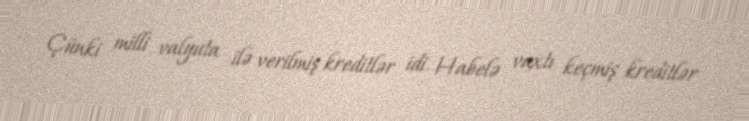
Çünki milli valyuta ilə verilmiş kreditlər idi. Habelə vaxtı keçmiş kreditlər